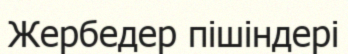
Жербедер пішіндері